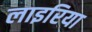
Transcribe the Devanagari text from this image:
लाइरिया